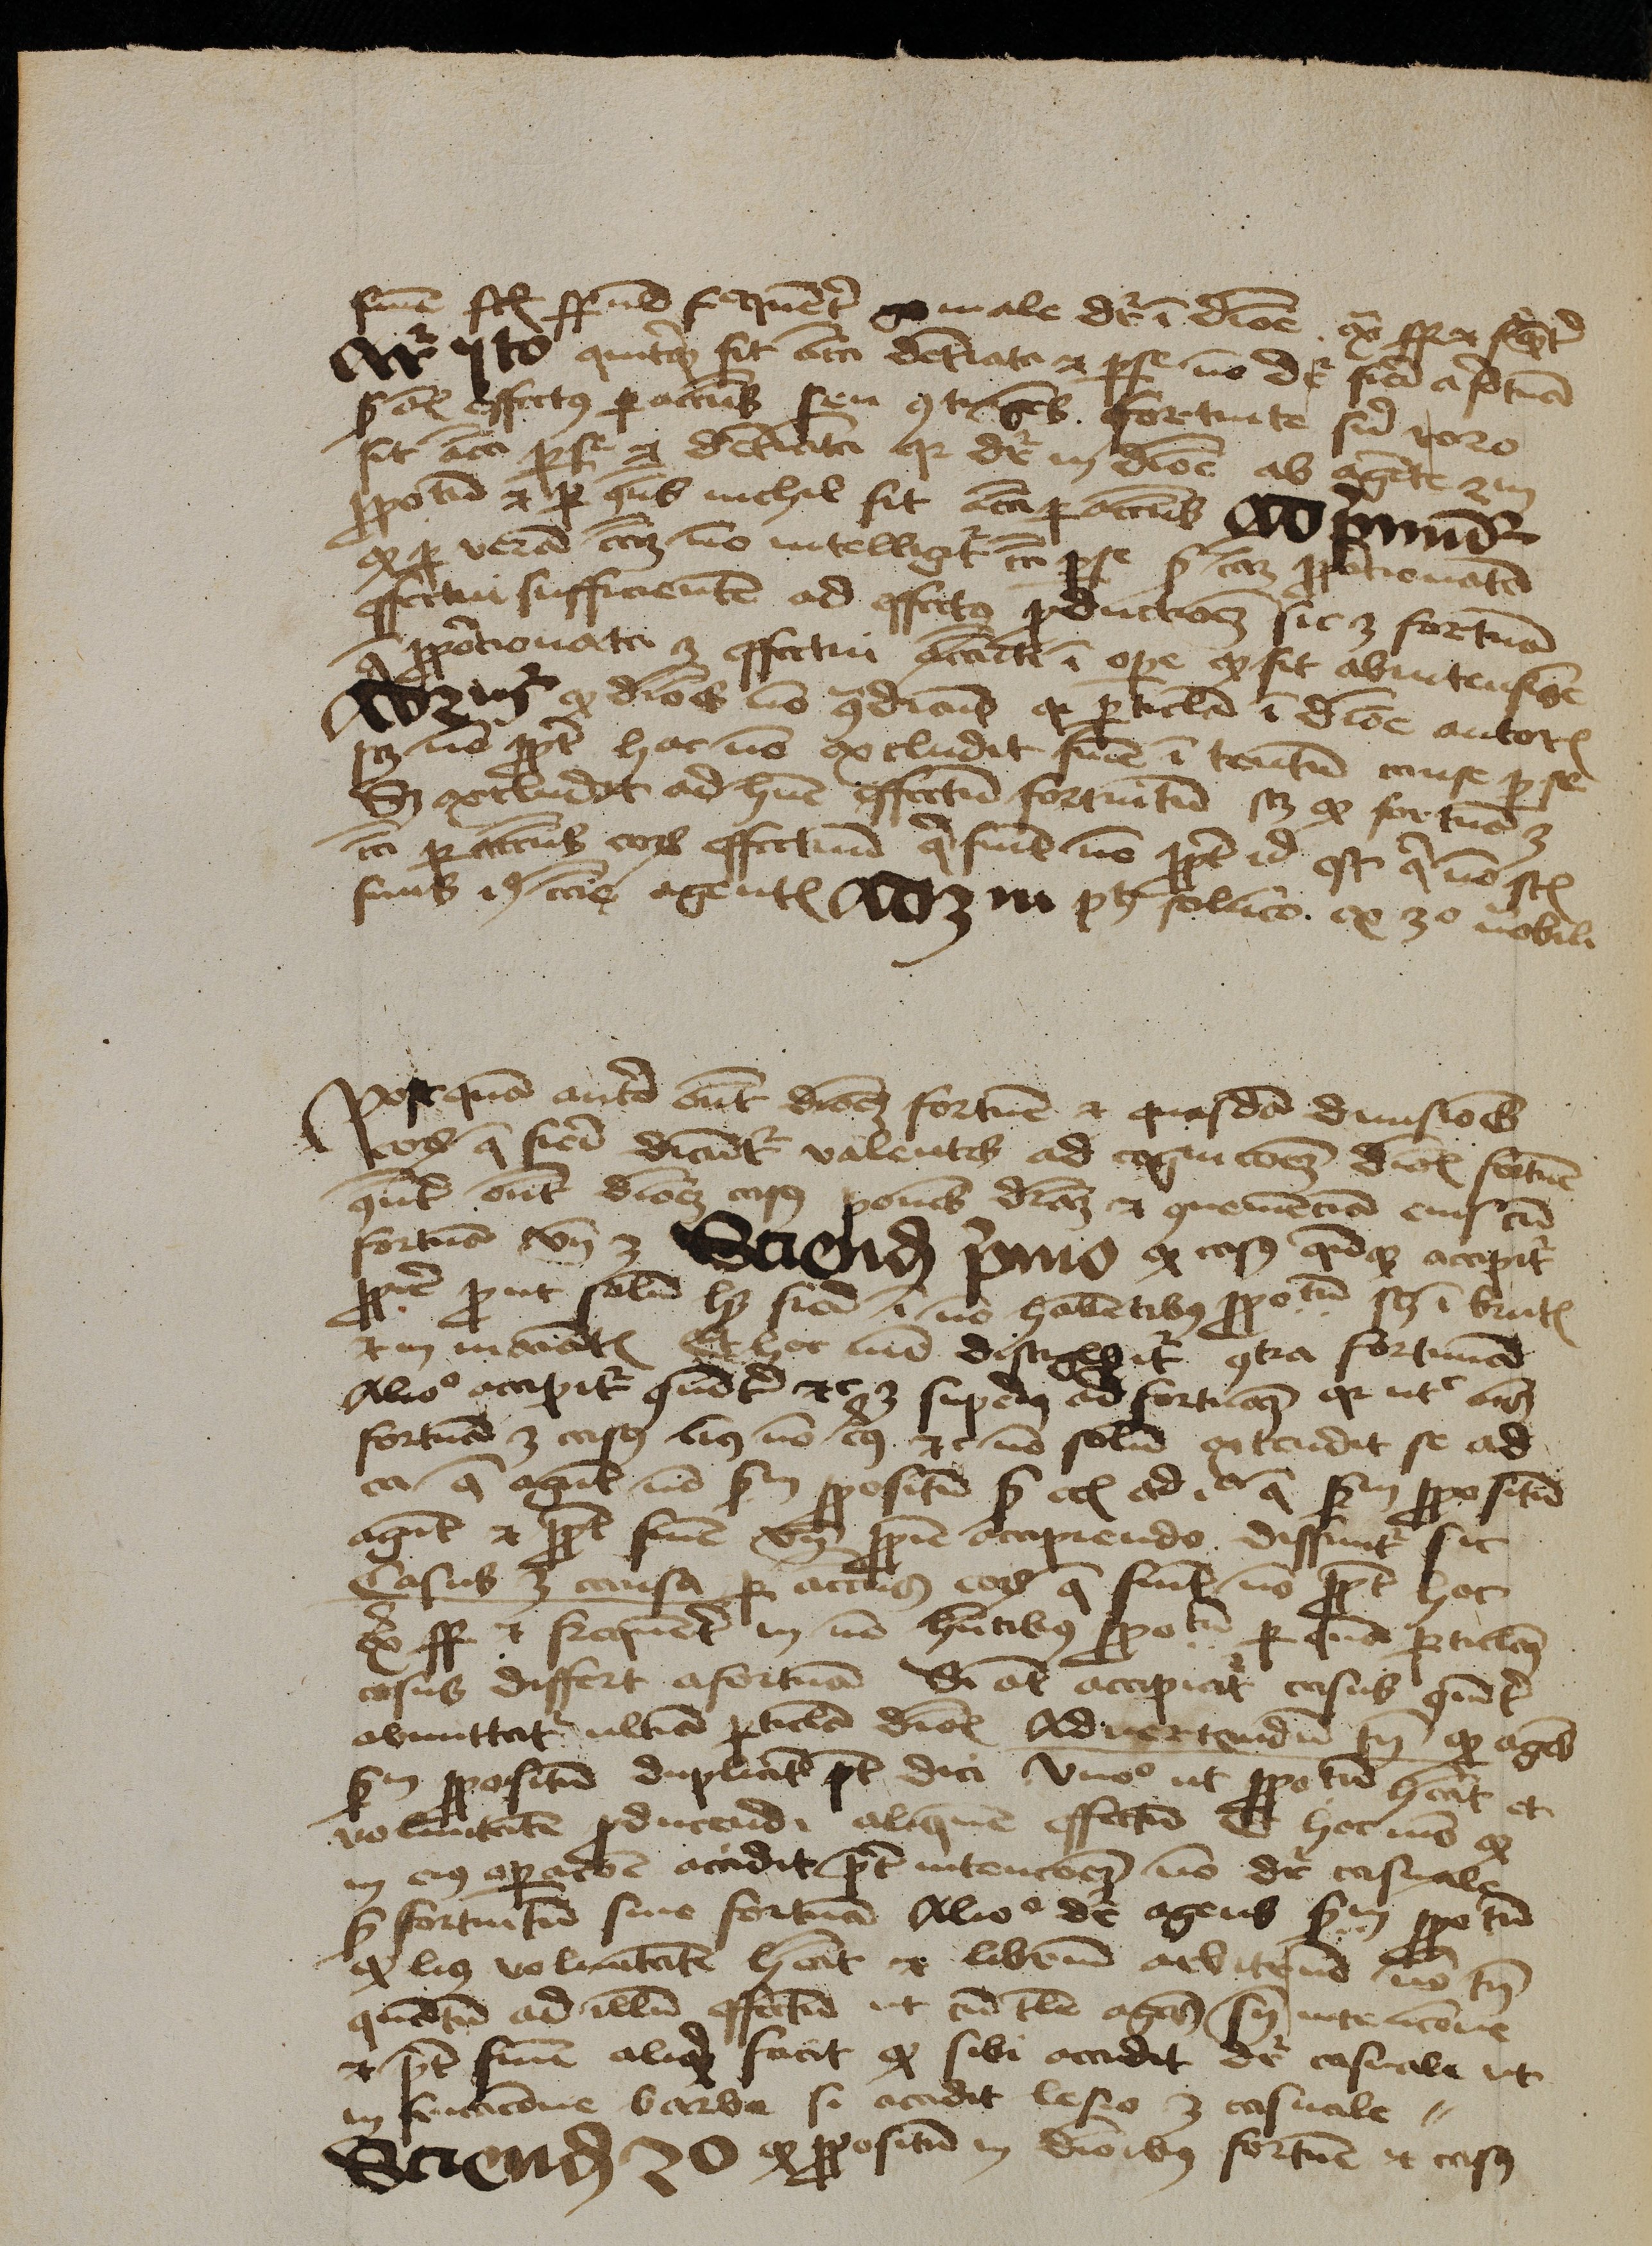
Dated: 1450–1474